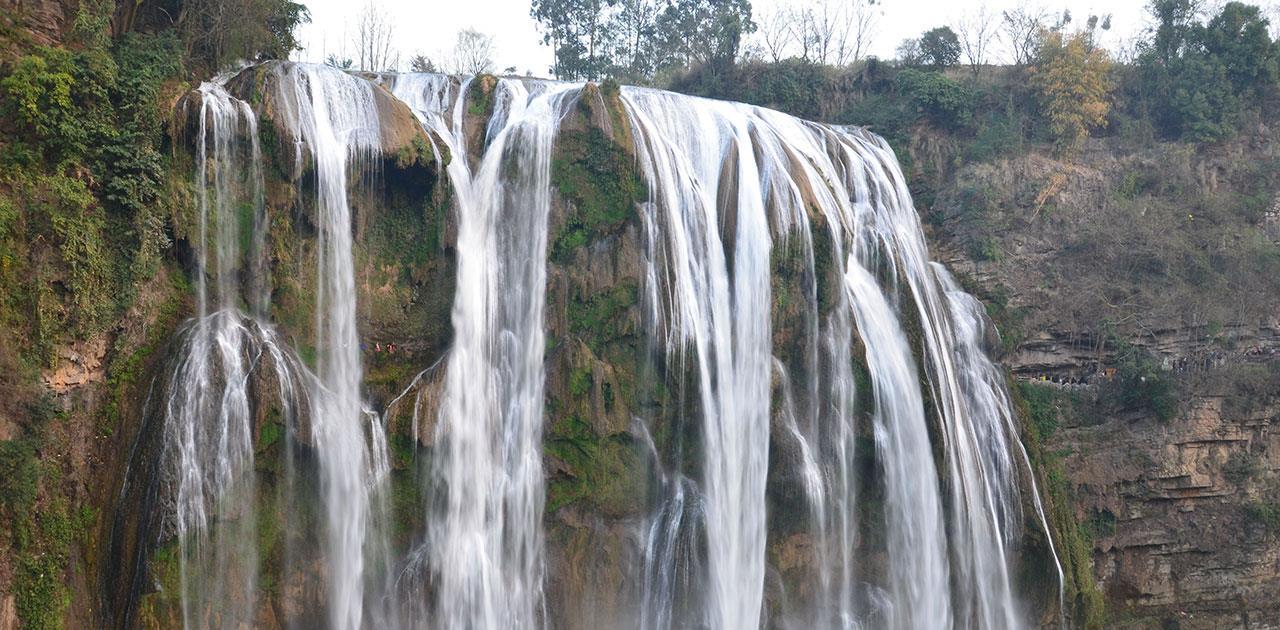
今古长如白练飞，一条界破青山色。